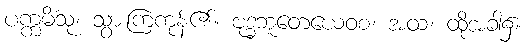
ပက္ကမိံသု၊ သွားကြကုန်၏။ ဗုဒ္ဓဘူတေယေဝစ၊ အထ၊ ထိုအခါ၌။